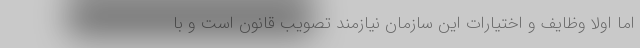
اما اولاً وظایف و اختیارات این سازمان نیازمند تصویب قانون است و با